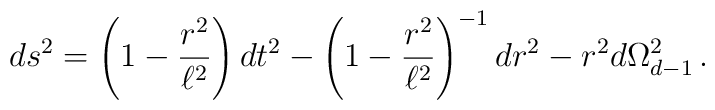
ds^2=\left(1-\frac{r^2}{\ell^2}\right)dt^2 - \left(1-\frac{r^2}{\ell^2}\right)^{-1} dr^2 -r^2 d\Omega_{d-1}^{2}\,.